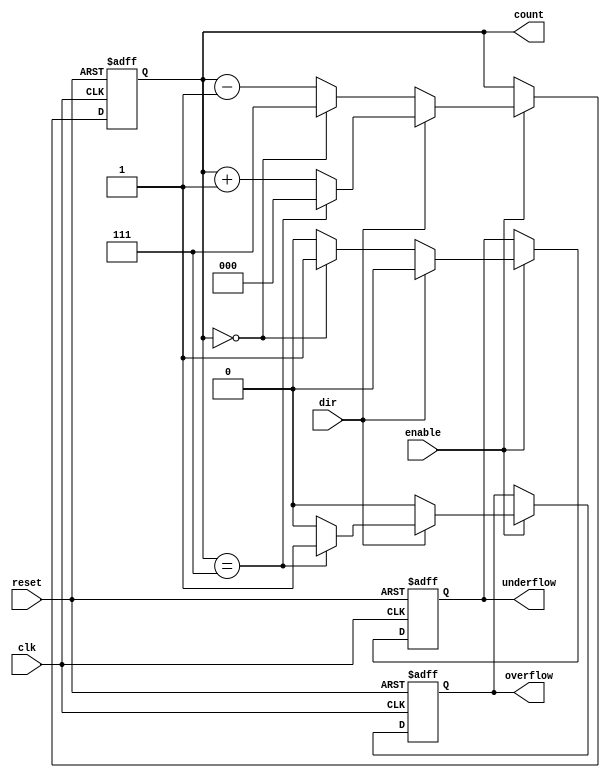
module synchronous_counter (
    input wire clk,          // Clock input
    input wire reset,        // Asynchronous reset
    input wire enable,       // Enable signal
    input wire dir,          // Direction control (1 for up, 0 for down)
    output reg [2:0] count,  // 3-bit counter output
    output reg overflow,     // Overflow indicator
    output reg underflow     // Underflow indicator
);

    // Maximum count value (for 3 bits)
    localparam MAX_COUNT = 3'b111; // 7 in decimal
    localparam MIN_COUNT = 3'b000; // 0 in decimal

    // Synchronous counter logic
    always @(posedge clk or posedge reset) begin
        if (reset) begin
            count <= MIN_COUNT; // Reset count to zero
            overflow <= 1'b0;   // Clear overflow
            underflow <= 1'b0;   // Clear underflow
        end else if (enable) begin
            if (dir) begin // Up counting
                if (count == MAX_COUNT) begin
                    count <= MIN_COUNT; // Wrap around
                    overflow <= 1'b1;    // Set overflow flag
                end else begin
                    count <= count + 1'b1; // Increment count
                    overflow <= 1'b0;       // Clear overflow flag
                end
                underflow <= 1'b0; // Clear underflow flag
            end else begin // Down counting
                if (count == MIN_COUNT) begin
                    count <= MAX_COUNT; // Wrap around
                    underflow <= 1'b1;   // Set underflow flag
                end else begin
                    count <= count - 1'b1; // Decrement count
                    underflow <= 1'b0;       // Clear underflow flag
                end
                overflow <= 1'b0; // Clear overflow flag
            end
        end
    end

endmodule